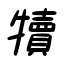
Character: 犢